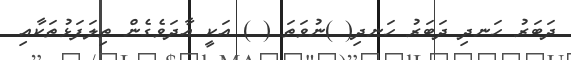
ދަބަރު ހަނދި ދަބަރު ހަނދި( )ނުވަތަ ( ) އަކީ އާދަވެގެން ތިލަފަޅުތަކާއި